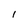
Character: 1